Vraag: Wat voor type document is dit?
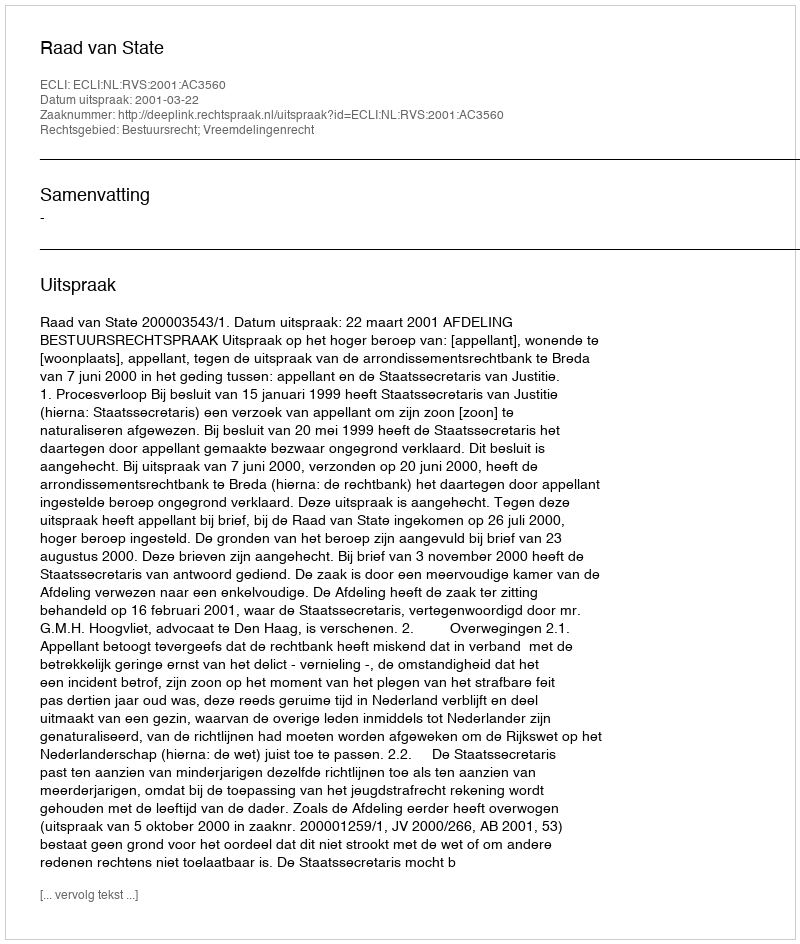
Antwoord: Uitspraak